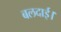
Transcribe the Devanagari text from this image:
बलदाई।